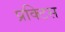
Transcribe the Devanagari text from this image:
प्रक्‍टिस